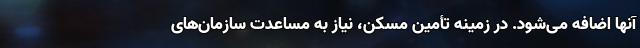
آنها اضافه می‌شود. در زمینه تأمین مسکن، نیاز به مساعدت سازمان‌های